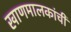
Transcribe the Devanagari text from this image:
खाणमालकांची